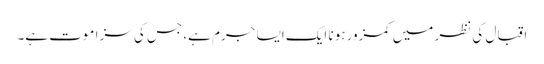
اقبال کی نظر میں کمزور ہونا ایک ایسا جرم ہے، جس کی سزا موت ہے۔